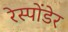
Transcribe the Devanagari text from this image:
रेस्पोंडेर